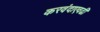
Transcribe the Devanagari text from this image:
करवंदाएवढी